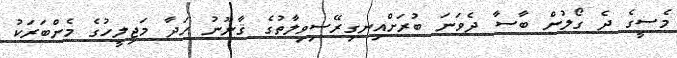
މެސީގެ ދެ ގޯލުން ބާސާ ދެވަނަ ބުރަށްއިނގިރޭސިވިލާތުގެ ޤާނޫނު ހަދާ މަޖިލީހުގެ މެންބަރަކު